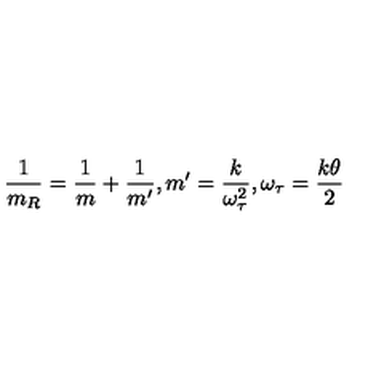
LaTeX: \frac { 1 } { m _ { R } } = \frac { 1 } { m } + \frac { 1 } { m ^ { \prime } } , m ^ { \prime } = \frac { k } { \omega _ { \tau } ^ { 2 } } , \omega _ { \tau } = \frac { k \theta } { 2 }